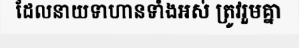
ដែលនាយទាហានទាំងអស់ ត្រូវរួមគ្នា